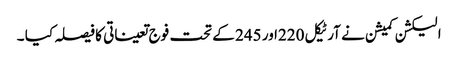
الیکشن کمیشن نے آرٹیکل 220اور 245 کے تحت فوج تعیناتی کا فیصلہ کیا ۔